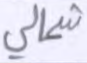
شمالي